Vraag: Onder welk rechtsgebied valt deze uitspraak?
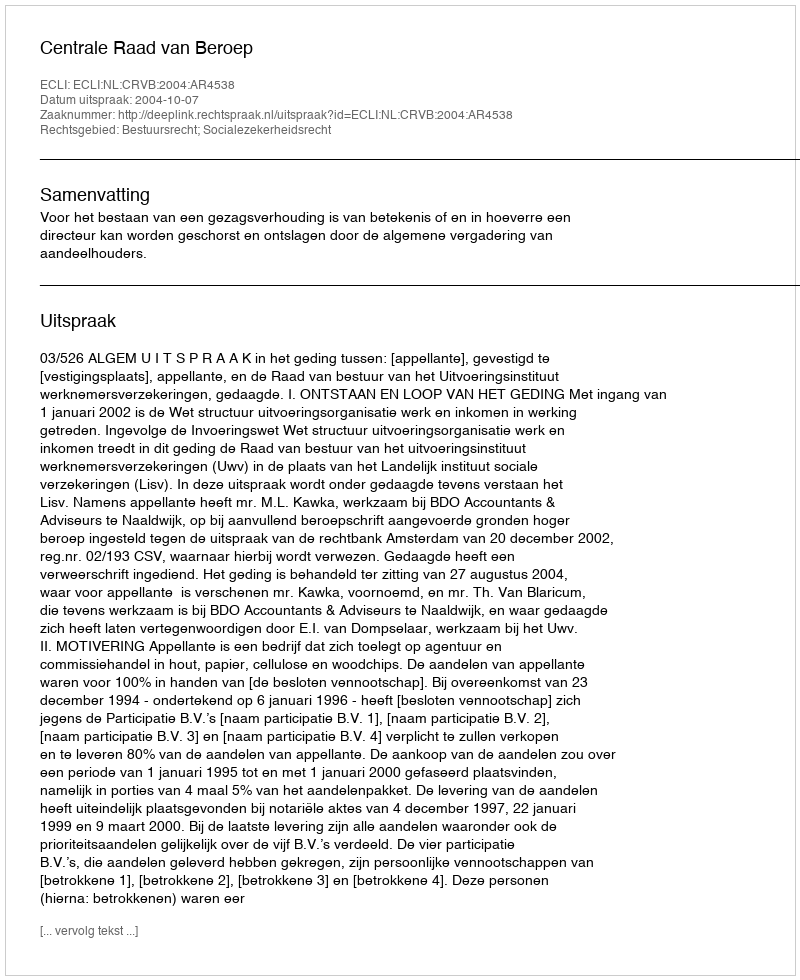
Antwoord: Bestuursrecht; Socialezekerheidsrecht